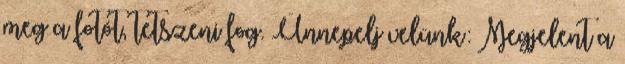
meg a fotót, tetszeni fog. Ünnepelj velünk: Megjelent a